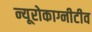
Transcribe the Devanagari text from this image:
न्यूरोकाग्नीटीव